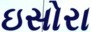
ઇસોરા